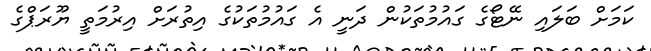
ކަމަށް ބަލައި ނޭޓޯގެ ގައުމުތަކުން ދަނީ އެ ގައުމުތަކުގެ އިތުރަށް އިރުމަތީ ޔޫރަޕްގެ